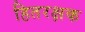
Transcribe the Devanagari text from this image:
हितरक्षक